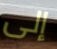
إلى